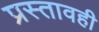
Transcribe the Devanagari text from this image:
प्रस्तावही